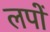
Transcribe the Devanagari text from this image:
लपों